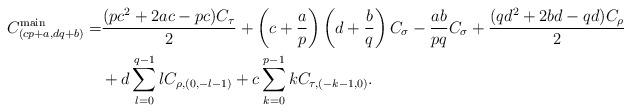
LaTeX: \begin{align*}C^{\textrm{main}}_{(cp+a,dq+b)} =& \frac{(p c^2 + 2ac - p c)C_\tau}{2} + \left(c+\frac{a}{p}\right) \left(d + \frac{b}{q}\right)C_\sigma - \frac{ab}{pq} C_\sigma + \frac{(q d^2 + 2bd - q d)C_\rho}{2} \\&+ d \sum_{l=0}^{q-1} l C_{\rho,(0,-l-1)} + c \sum_{k=0}^{p-1} k C_{\tau,(-k-1,0)}.\end{align*}